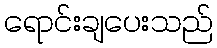
ရောင်းချပေးသည်